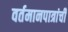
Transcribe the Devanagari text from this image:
वर्तमानपात्रांची